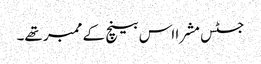
جسٹس مشرا اس بینچ کے ممبر تھے۔